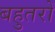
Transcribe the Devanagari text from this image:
बहुतरों